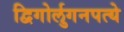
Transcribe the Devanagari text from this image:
द्विगोर्लुगनपत्ये